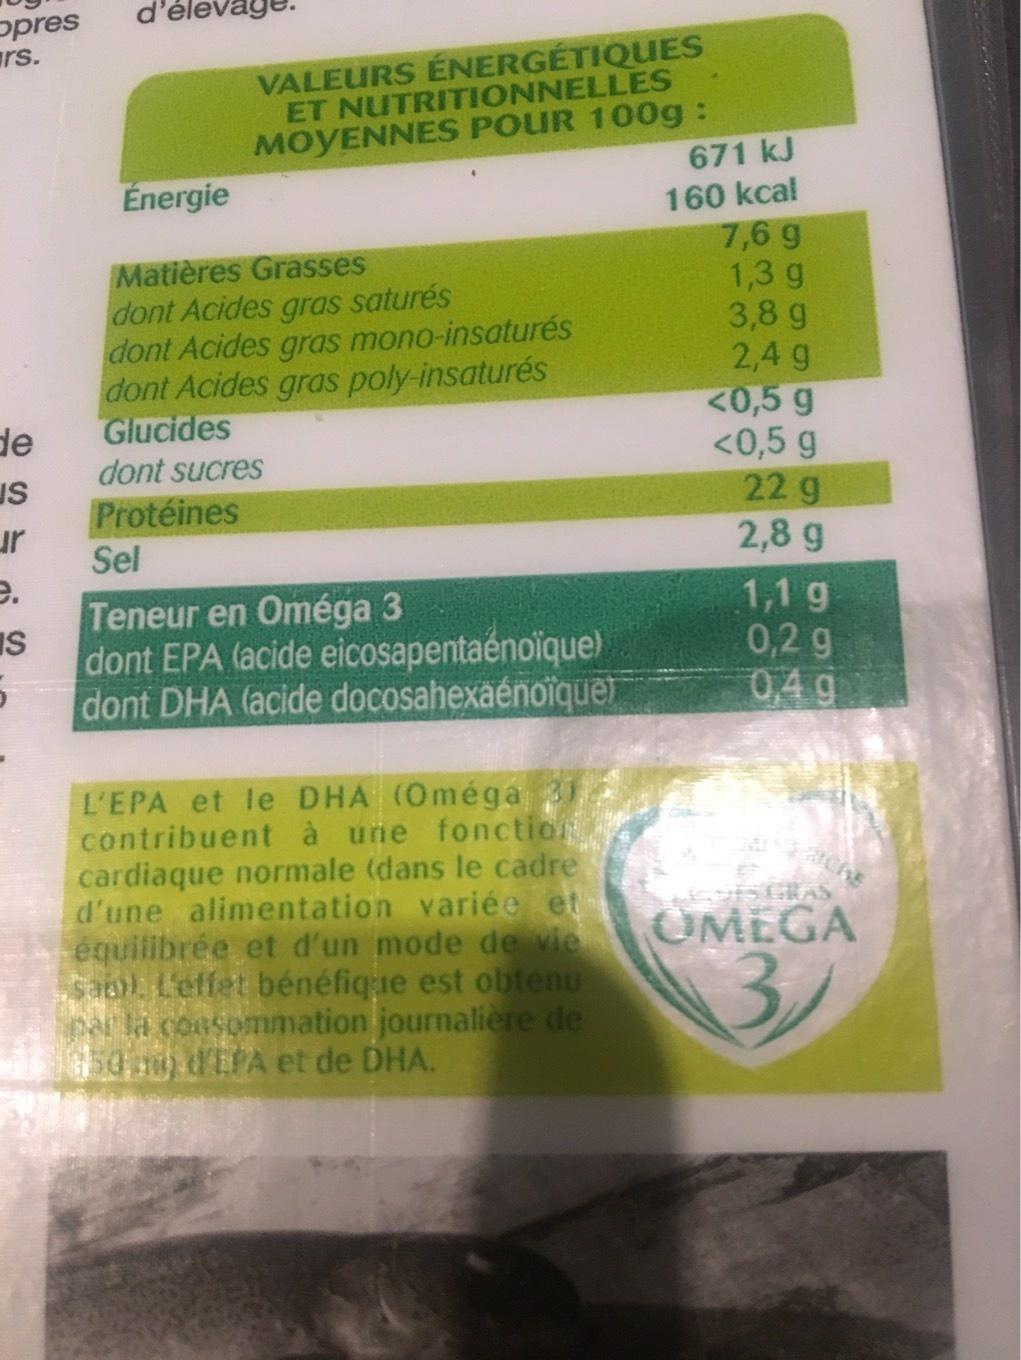
opres rs.
de
US
ur
e.
IS
VALEURS ÉNERGÉTIQUES ET NUTRITIONNELLES MOYENNES POUR 100g :
Énergie
Matières Grasses
dont Acides gras saturés
dont Acides gras mono-insaturés dont Acides gras poly-insaturés
Glucides
dont sucres
Protéines
Sel
Teneur en Oméga 3
dont EPA (acide eicosapentaénoïque) dont DHA (acide docosahexaénoïquet
L'EPA et le DHA (Oméga 31 contribuent à une fonction cardiaque normale (dans le cadre d'une alimentation variée et équilibrée et d'un mode de vie Sab) L'effet bénéfique est obtenu par la consommation journalière de 50 m d'EPA et de DHA.
671 kJ
160 kcal
7,6 g
1,3 g
3,8 g
2,4 g
<0,5 g
<0,5 g
22 g
2,8 g
1,1 g
0,2 g
0,4 g
spatche
MEDIS GRAS
OMEGA
3